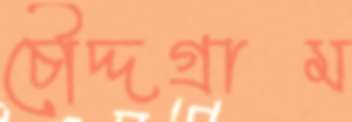
চৌদ্দগ্রাম